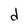
Character: d